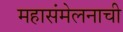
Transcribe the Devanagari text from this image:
महासंमेलनाची